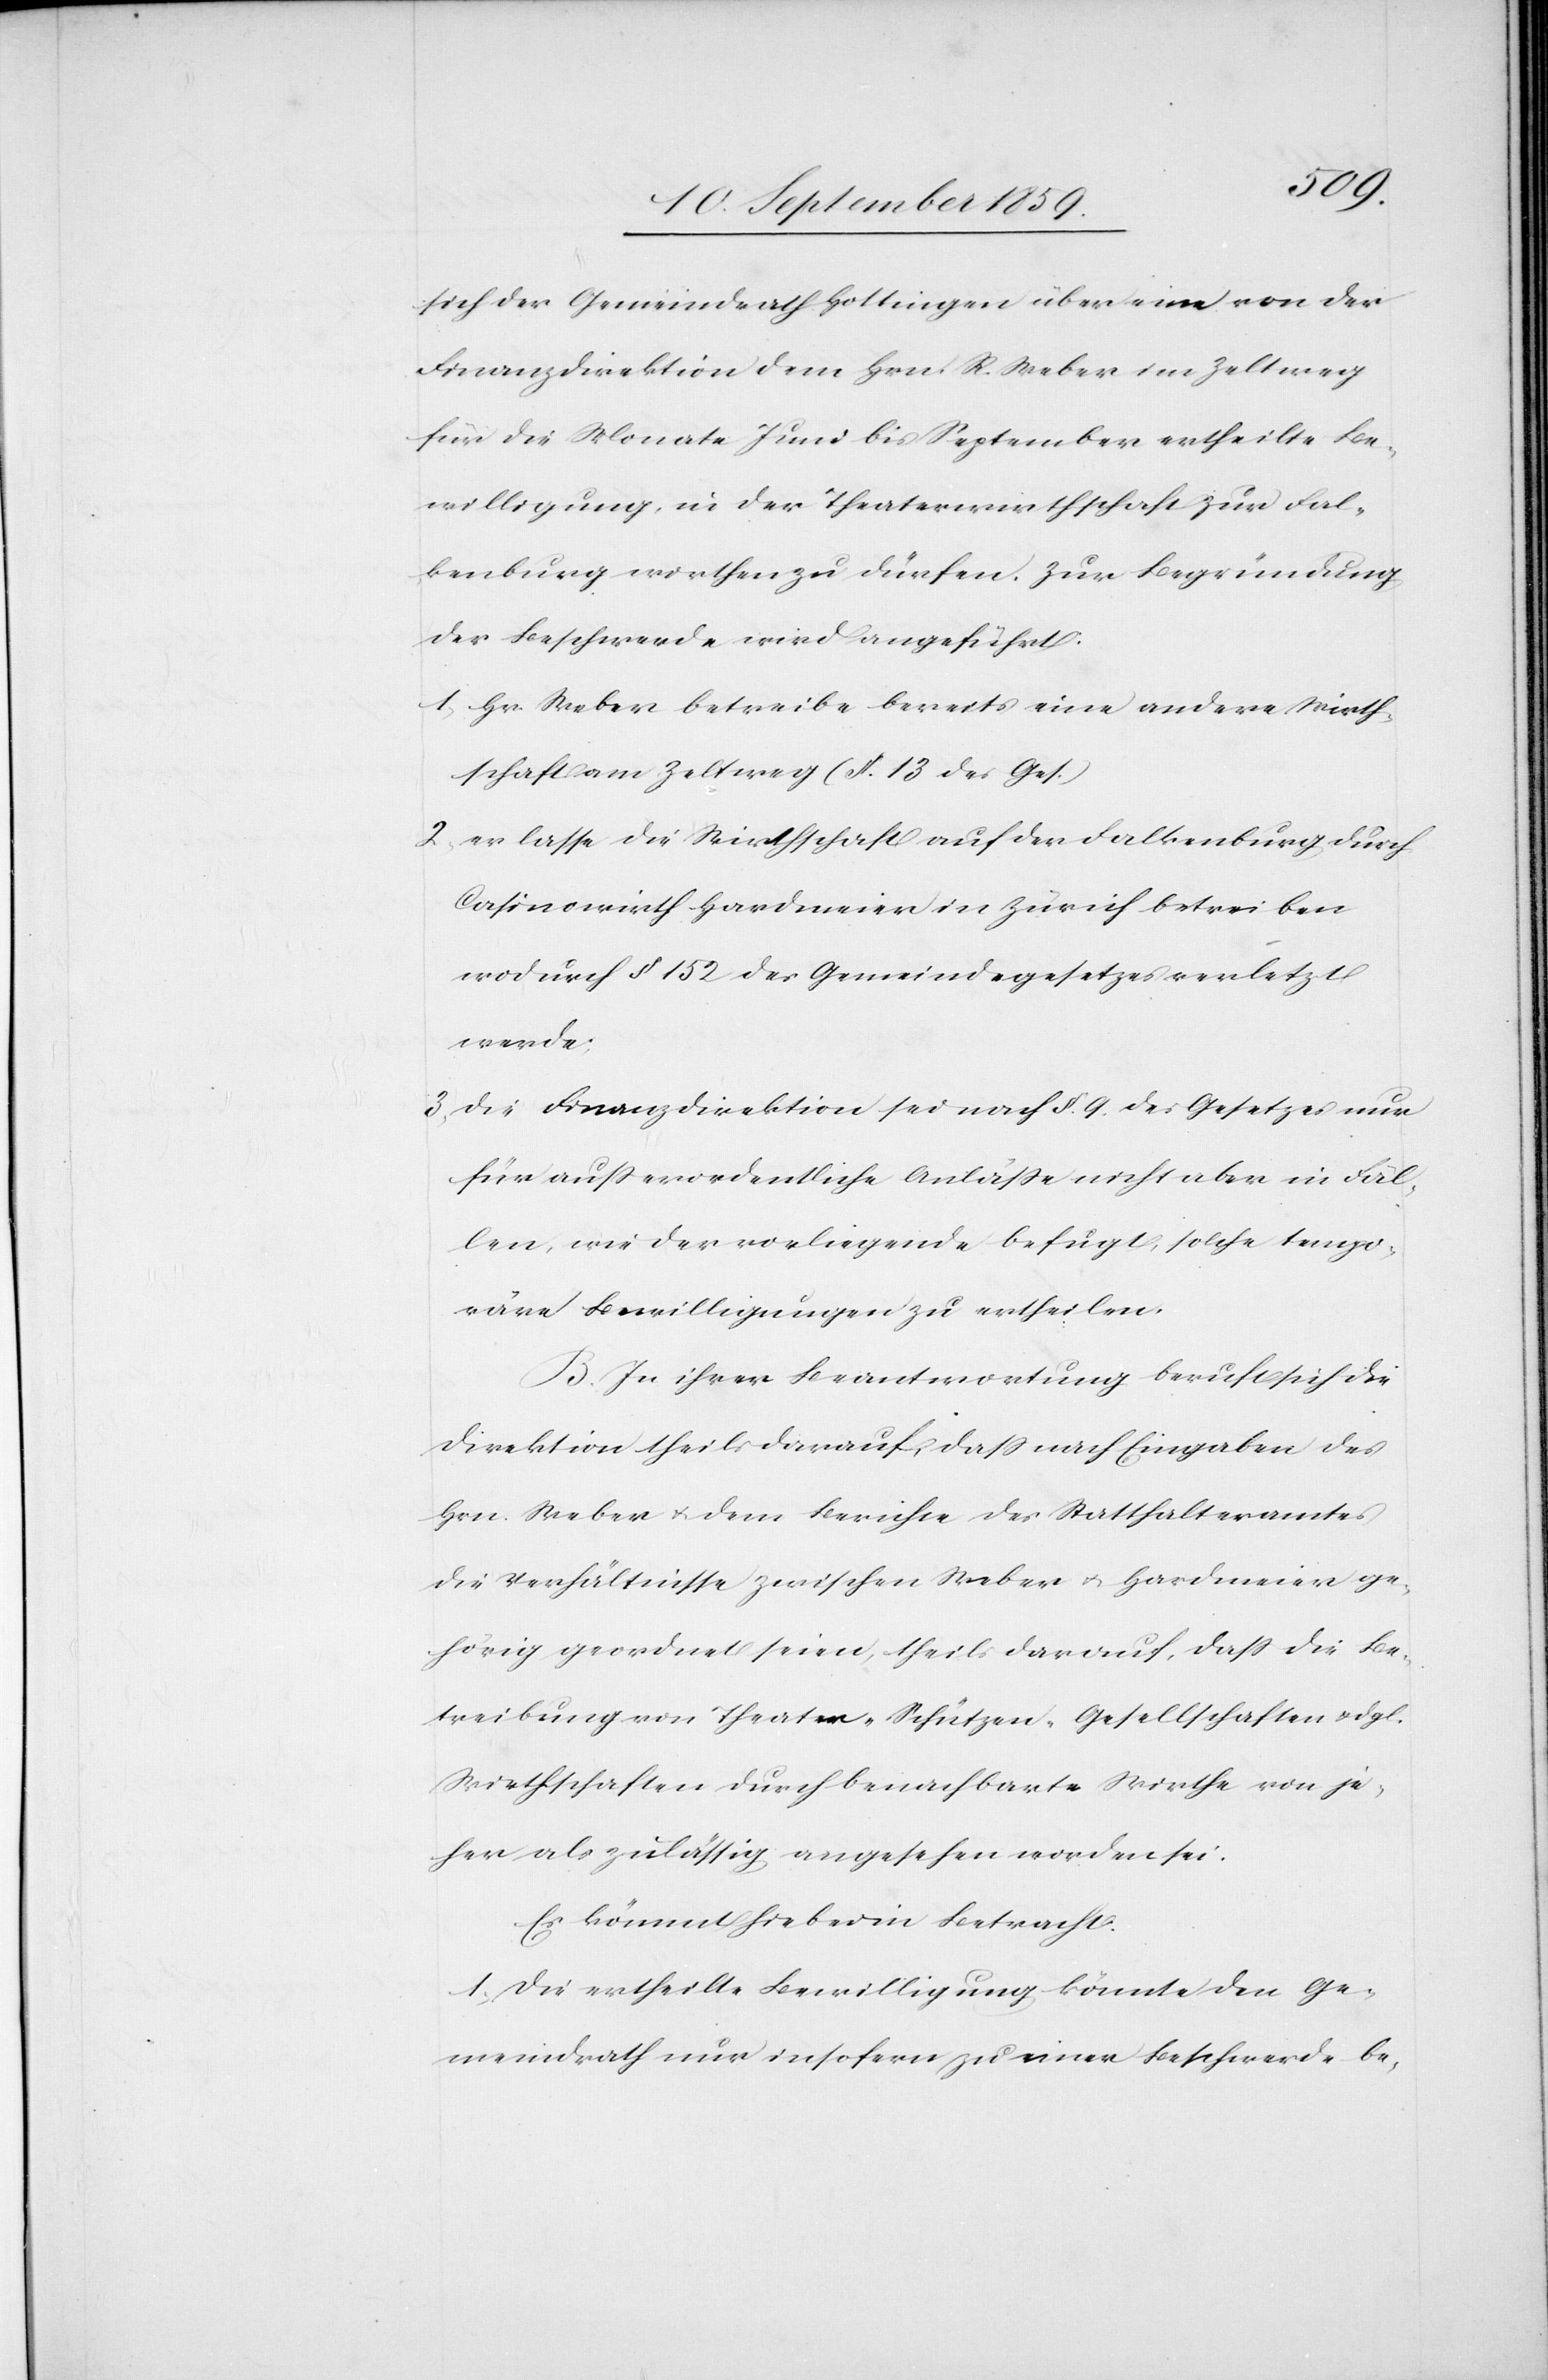
sich der Gemeindrath Hottingen über eine von der
Finanzdirektion dem Hrn. R. Weber im Zeltweg
für die Monate Juni bis September ertheilte Be¬
willigung, in der Theaterwirthschaft zur Fal¬
kenburg wirthen zu dürfen. Zur Begründung
der Beschwerde wird angeführt.
1. Hr. Weber betreibe bereits eine andere Wirth¬
schaft am Zeltweg (§ 13 des Ges.)
2. er lasse die Wirtschaft auf der Falkenburg durch
Casionowirth Hardmeier in Zürich betreiben
wodurch § 152 des Gemeindegesetzes verletzt
werde;
3. Die Finanzdirektion sei nach §. 9. des Gesetzes nur
für außerordentliche Anläße nicht aber in Fäl¬
len, wie der vorliegende befugt, solche tempo¬
räre Bewilligung zu ertheilen.
B. In ihrer Beantwortung beruft sich die
Direktion theils darauf, daß nach Eingaben des
Hrn. Weber & dem Berichte des Statthalteramtes
die Verhältnisse zwischen Weber & Hardmeier ge¬
hörig geordnet seien, theils darauf, daß die Be¬
treibungen von Theater-[,] Schützen-Gesellschaften & dgl.
Wirthschaften durch benachbarte Wirthe von je¬
her als zulässig angesehen worden sei.
Es kömmt hiebei in Betracht.
1. Die ertheilte Bewilligung könnte den Ge¬
meindrath nur insofern zu einer Beschwerde be-